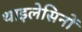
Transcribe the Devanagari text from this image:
थाइलेसिनों